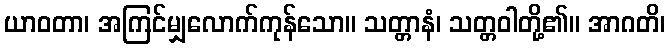
ယာဝတာ၊ အကြင်မျှလောက်ကုန်သော။ သတ္တာနံ၊ သတ္တဝါတို့၏။ အာဂတိ၊